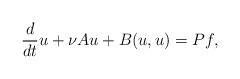
LaTeX: \begin{align*} \frac{d}{dt}u+\nu Au+B(u,u)=Pf, \end{align*}